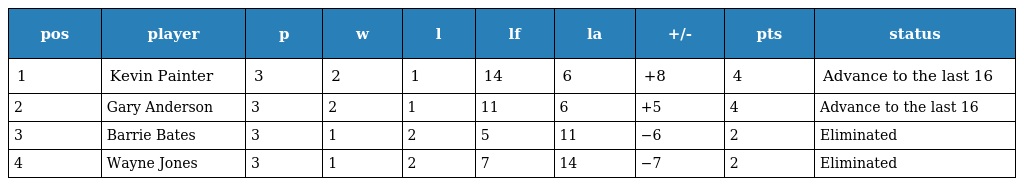
| pos | player | p | w | l | lf | la | +/- | pts | status |
 | --- | --- | --- | --- | --- | --- | --- | --- | --- | --- |
 | 1 | Kevin Painter | 3 | 2 | 1 | 14 | 6 | +8 | 4 | Advance to the last 16 |
 | 2 | Gary Anderson | 3 | 2 | 1 | 11 | 6 | +5 | 4 | Advance to the last 16 |
 | 3 | Barrie Bates | 3 | 1 | 2 | 5 | 11 | −6 | 2 | Eliminated |
 | 4 | Wayne Jones | 3 | 1 | 2 | 7 | 14 | −7 | 2 | Eliminated |